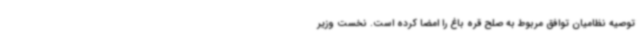
توصیه نظامیان توافق مربوط به صلح قره باغ را امضا کرده است. نخست وزیر